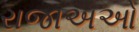
રાજાઅઓ